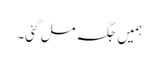
ہمیں جگہ مل گئی۔